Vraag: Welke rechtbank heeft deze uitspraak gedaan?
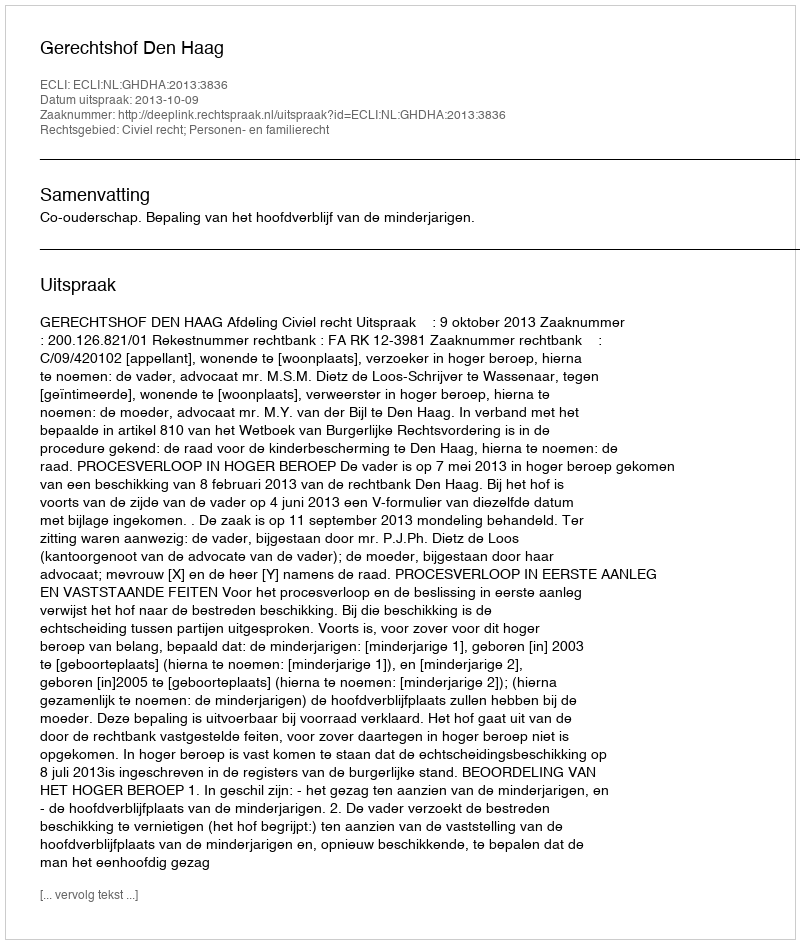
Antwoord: Gerechtshof Den Haag